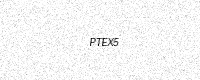
Text: PTEX5